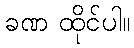
ခဏ ထိုင်ပါ။